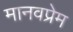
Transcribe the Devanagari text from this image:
मानवप्रेम